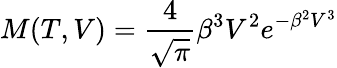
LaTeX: M(T,V)=\frac{4}{\sqrt{\pi}}\beta^{3}V^{2}e^{-\beta^{2}V^{3}}